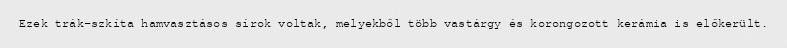
Ezek trák-szkíta hamvasztásos sírok voltak, melyekből több vastárgy és korongozott kerámia is előkerült.